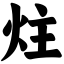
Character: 炷